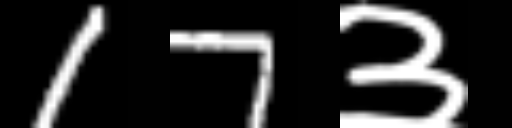
Text: 17३